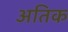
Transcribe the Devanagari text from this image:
अतिक